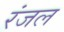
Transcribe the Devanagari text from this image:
रंजल